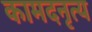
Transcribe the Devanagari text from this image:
कामदनृत्य